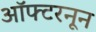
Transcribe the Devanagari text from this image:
ऑफ्टरनून